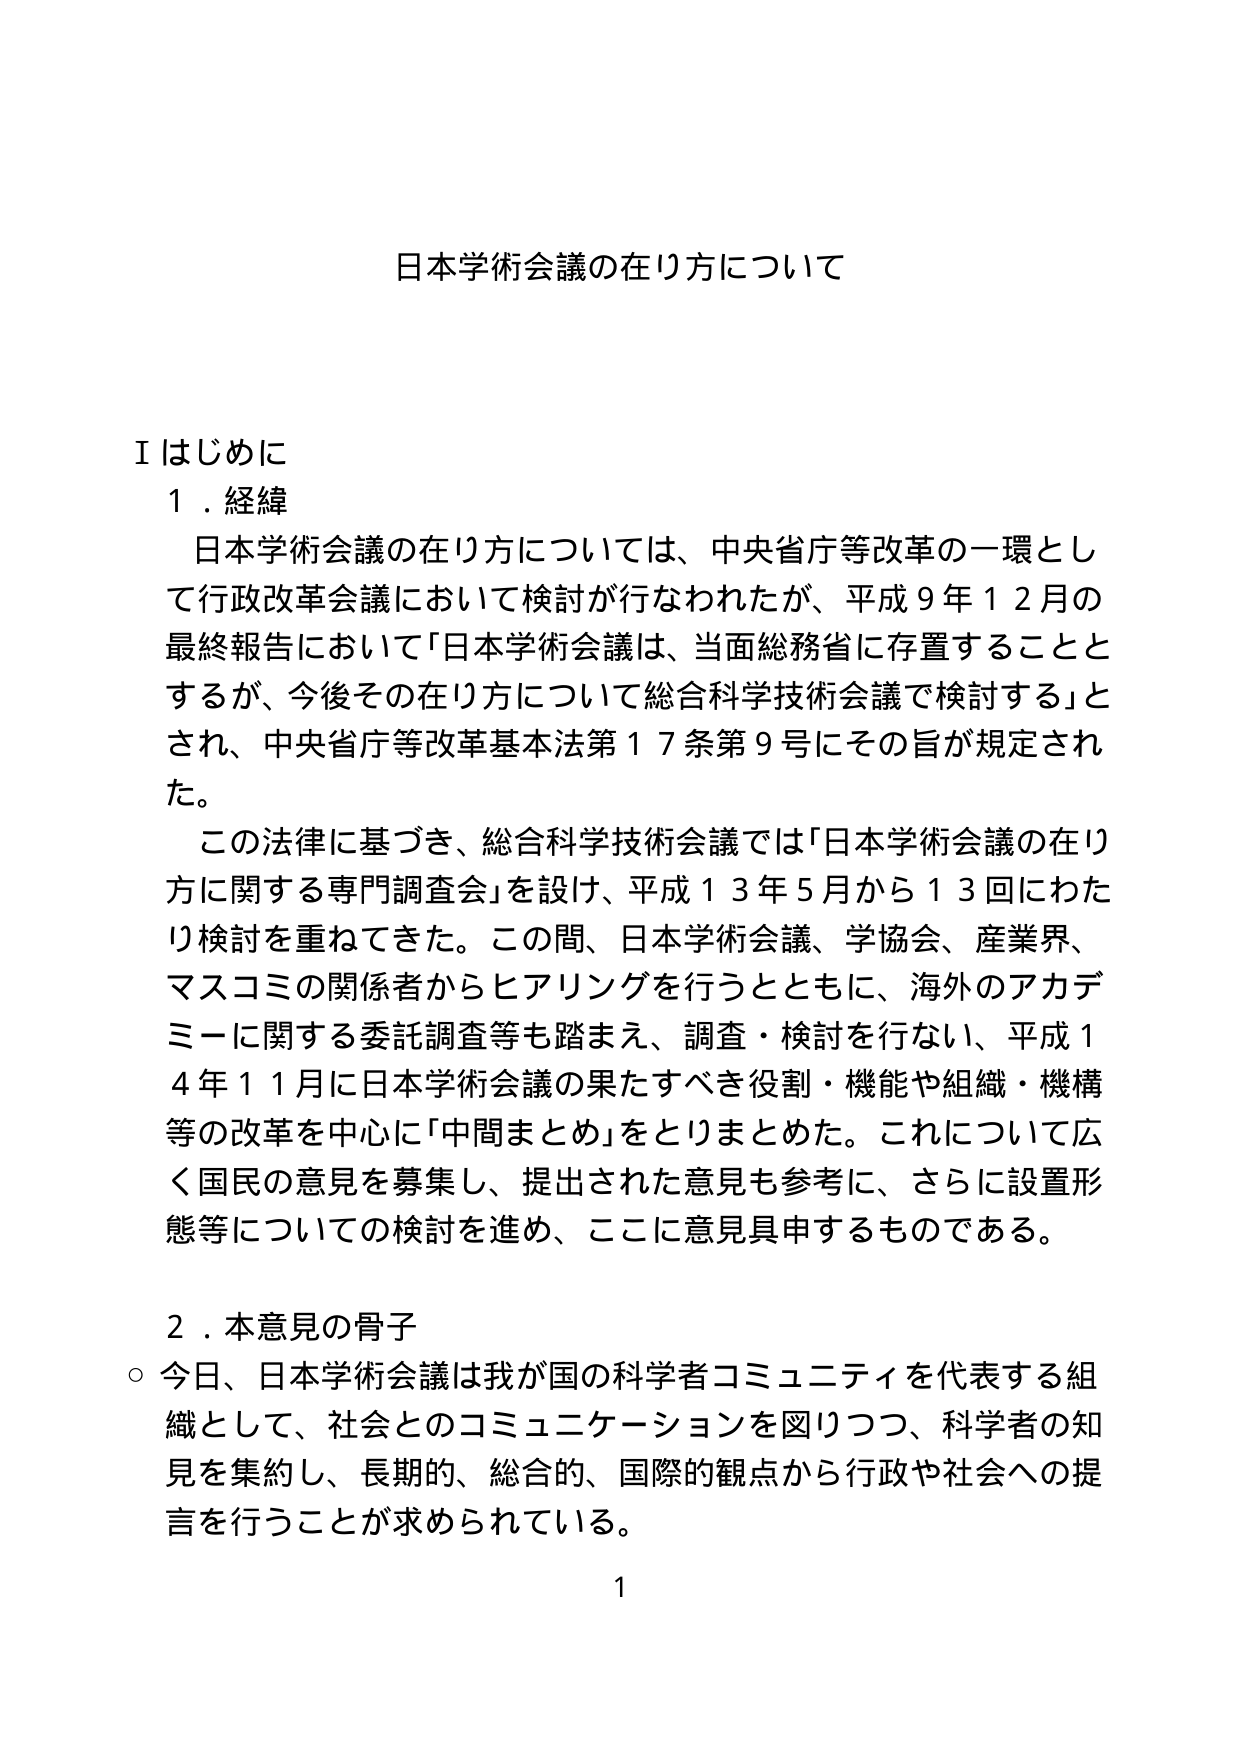
日本学術会議の在り方について

Ⅰ はじめに
１．経緯
　日本学術会議の在り方については、中央省庁等改革の一環として行政改革会議において検討が行なわれたが、平成９年１２月の最終報告において「日本学術会議は、当面総務省に存置することとするが、今後その在り方について総合科学技術会議で検討する」とされ、中央省庁等改革基本法第１７条第９号にその旨が規定された。
　この法律に基づき、総合科学技術会議では「日本学術会議の在り方に関する専門調査会」を設け、平成１３年５月から１３回にわたり検討を重ねてきた。この間、日本学術会議、学協会、産業界、マスコミの関係者からヒアリングを行うとともに、海外のアカデミーに関する委託調査等も踏まえ、調査・検討を行ない、平成１４年１１月に日本学術会議の果たすべき役割・機能や組織・機構等の改革を中心に「中間まとめ」をとりまとめた。これについて広く国民の意見を募集し、提出された意見も参考に、さらに設置形態等についての検討を進め、ここに意見具申するものである。

２．本意見の骨子
○ 今日、日本学術会議は我が国の科学者コミュニティを代表する組織として、社会とのコミュニケーションを図りつつ、科学者の知見を集約し、長期的、総合的、国際的観点から行政や社会への提言を行うことが求められている。

1